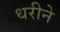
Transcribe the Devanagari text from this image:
धरीने